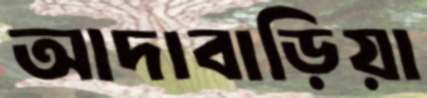
আদাবাড়িয়া